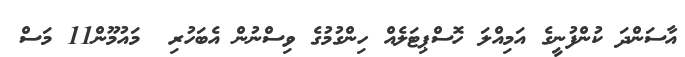
އާސަންދަ ކުންފުނީގެ އަމިއްލަ ހޮސްޕިޓަލެއް ހިންގުމުގެ ވިސްނުން އެބަހުރި  މައުމޫން11 މަސް